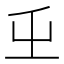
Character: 𭕾